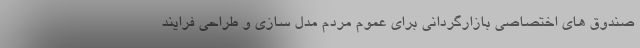
صندوق های اختصاصی بازارگردانی برای عموم مردم مدل سازی و طراحی فرایند